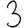
Digit: 3